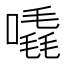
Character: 𠽶